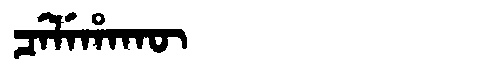
Manchu: ᠴᡝᠯᡝᡥᠠᡴᡡ
Romanization: CELEHAKŪ